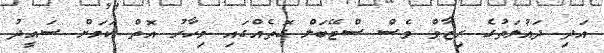
އަދި ދައުލަތުގެ ރިޒާވް ވެސް ސްޓޭބަލް ގޮތެއްގައި މިހާރު އޮތް ކަމަށް ސައީދު